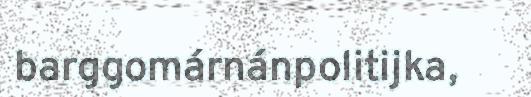
barggomárnánpolitijka,